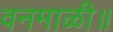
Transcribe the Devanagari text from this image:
वनमाळी॥